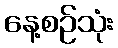
နေ့စဉ်သုံး